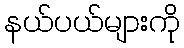
နယ်ပယ်များကို